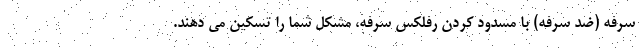
سرفه (ضد سرفه) با مسدود کردن رفلکس سرفه، مشکل شما را تسکین می دهند.